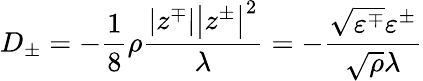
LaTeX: D_{\pm}=-\frac{1}{8}\rho\frac{\left|z^{\mp}\right|\left|z^{\pm}\right|^{2}}{\lambda}=-\frac{\sqrt{\varepsilon^{\mp}}\varepsilon^{\pm}}{\sqrt{\rho}\lambda}